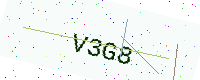
Text: V3G8